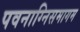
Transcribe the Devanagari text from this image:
पवनाग्निसमागम